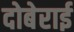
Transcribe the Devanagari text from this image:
दोबेराई